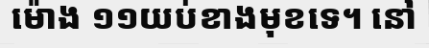
ម៉ោង ១១យប់ខាងមុខទេ។ នៅ